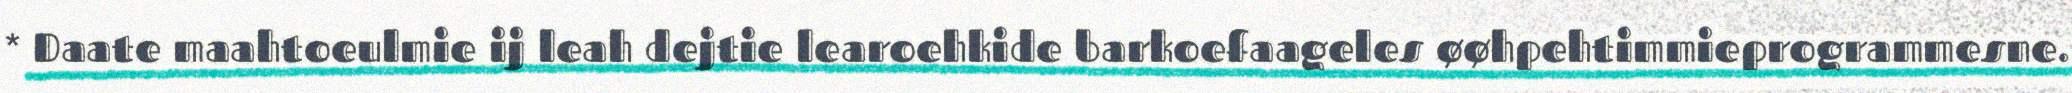
* Daate maahtoeulmie ij leah dejtie learoehkide barkoefaageles øøhpehtimmieprogrammesne.